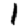
Digit: 1